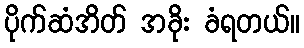
ပိုက်ဆံအိတ် အခိုး ခံရတယ်။